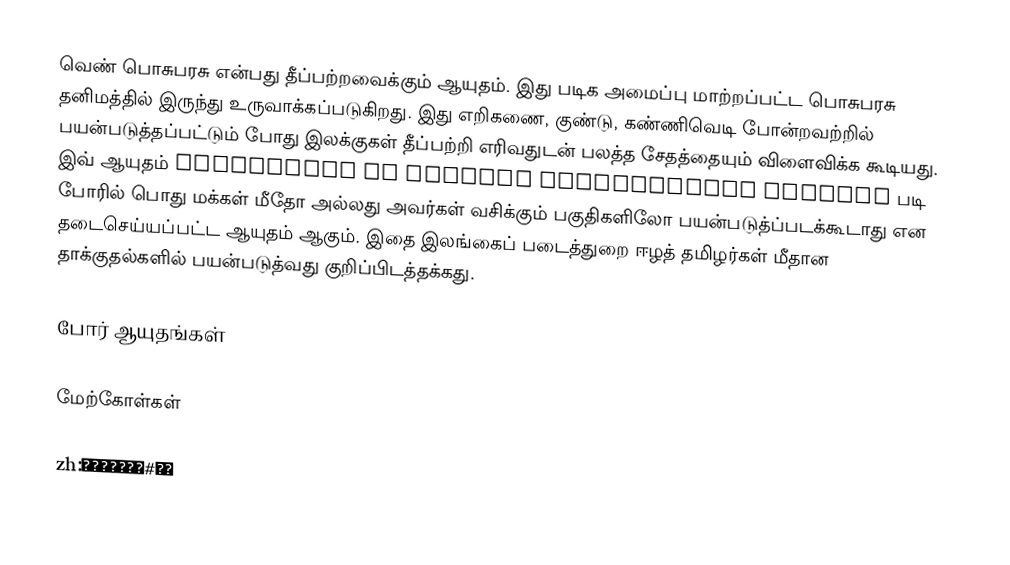
வெண் பொசுபரசு என்பது தீப்பற்றவைக்கும் ஆயுதம்.  இது படிக அமைப்பு மாற்றப்பட்ட பொசுபரசு தனிமத்தில் இருந்து உருவாக்கப்படுகிறது.  இது எறிகணை, குண்டு, கண்ணிவெடி போன்றவற்றில் பயன்படுத்தப்பட்டும் போது இலக்குகள் தீப்பற்றி எரிவதுடன் பலத்த சேதத்தையும் விளைவிக்க கூடியது.  இவ் ஆயுதம் Convention on Certain Conventional Weapons படி போரில் பொது மக்கள் மீதோ அல்லது அவர்கள் வசிக்கும் பகுதிகளிலோ பயன்படுத்ப்படக்கூடாது என தடைசெய்யப்பட்ட ஆயுதம் ஆகும்.  இதை இலங்கைப் படைத்துறை ஈழத் தமிழர்கள் மீதான தாக்குதல்களில் பயன்படுத்வது குறிப்பிடத்தக்கது.

போர் ஆயுதங்கள்

மேற்கோள்கள்

zh:磷的同素异形体#白磷